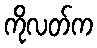
ကိုလတ်က